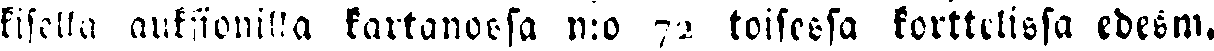
kisella auksionilla kartanossa n:o 72 toisessa korttelisa edesm.